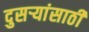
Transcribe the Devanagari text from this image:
दुसऱ्यांसाठी